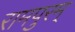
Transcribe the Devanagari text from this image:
रामपुरम्